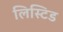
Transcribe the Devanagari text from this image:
लिस्टिड